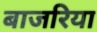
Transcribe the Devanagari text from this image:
बाजरिया